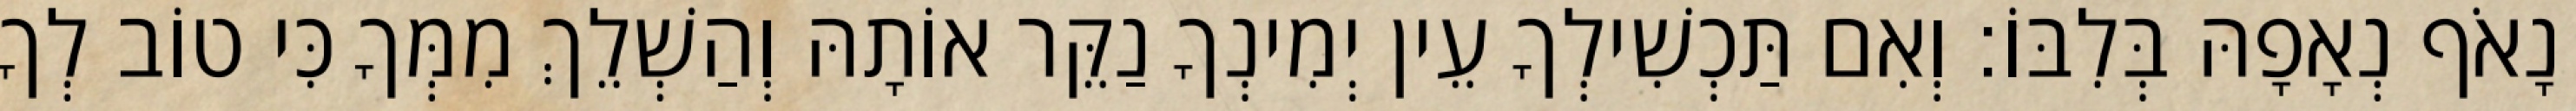
נָאֹף נְאָפָהּ בְּלִבּוֹ׃ וְאִם תַּכְשִׁילְךָ עֵין יְמִינְךָ נַקֵּר אוֹתָהּ וְהַשְׁלֵךְ מִמְּךָ כִּי טוֹב לְךָ